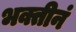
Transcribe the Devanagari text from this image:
भक्तीनं